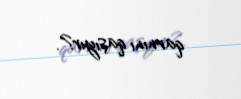
qarnını qaşıyır?.